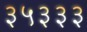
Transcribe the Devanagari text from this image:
३५३३३